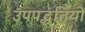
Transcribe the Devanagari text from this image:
उपपद्धतियों